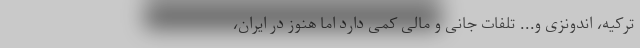
ترکیه، اندونزی و... تلفات جانی و مالی کمی دارد اما هنوز در ایران،